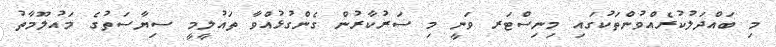
މި ބައްދަލުކުރެއްވުންތަކުގައި މިނިސްޓަރ ވަނީ މި ސަރުކާރުން ގެންގުޅުއްވާ ތައުލީމީ ސިޔާސަތުގެ މައުލޫމާތު